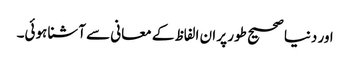
اور دنیا صحیح طور پر ان الفاظ کے معانی سے آشنا ہوئی۔